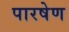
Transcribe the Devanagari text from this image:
पारषेण